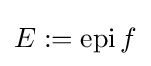
E:=\operatorname {epi} f